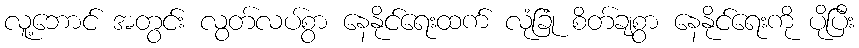
လူ့ဘောင် အတွင်း လွတ်လပ်စွာ နေနိုင်ရေးထက် လုံခြုံ စိတ်ချစွာ နေနိုင်ရေးကို ပိုပြီး